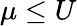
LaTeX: \mu\leq U